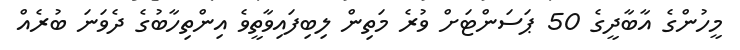
މީހުންގެ އާބާދީގެ 50 ޕަސަންޓަށް ވުރެ މަތިން ލިބިފައިވާތީވެ އިންތިހާބުގެ ދެވަނަ ބުރެއް